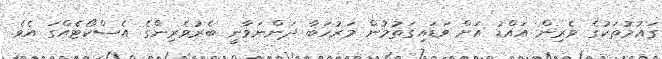
ގައުމުތަކުގެ ވެރިން އައްޑު އަށް ވަޑައިގަތުމުން މަރުހަބާ ދަންނަވާނީ ބެރުވެރިންގެ އެސްކޯޓެއްގަ އެވެ.